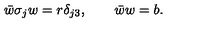
\bar { w } \sigma _ { j } w = r \delta _ { j 3 } , \qquad \bar { w } w = b .